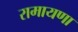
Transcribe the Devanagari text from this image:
रामायणा